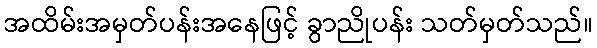
အထိမ်းအမှတ်ပန်းအနေဖြင့် ခွာညိုပန်း သတ်မှတ်သည်။